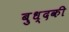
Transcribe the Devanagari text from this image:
बुध्दकी